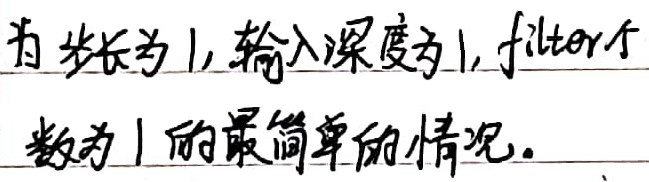
为步长为1，输入深度为1，filter个数为1的最简单的情况。